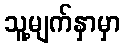
သူ့မျက်နှာမှာ